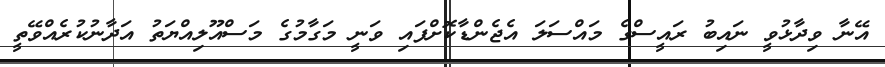
އޭނާ ވިދާޅުވީ ނައިބު ރައީސްގެ މައްސަލަ އެޖެންޑާކޮށްފައި ވަނީ މަގާމުގެ މަސްއޫލިއްޔަތު އަދާނުކުރެއްވޭތީ